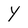
Character: Y